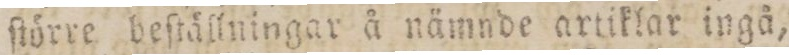
ſtörre beſtällningar å nämnde artiklar ingå,